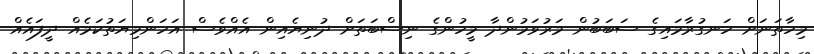
މިހާތަނަށް ހަނގުރާމައިގެ ސަބަބުން މަރުވަމުންދާ މީހުންގެ ނިސްބަތަށް ދުނިޔެއިން އެއްވެސް އަހަންމިޔަތުކަމެއް ދީފައެއް